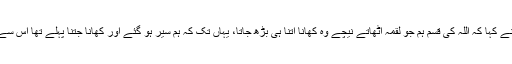
سیدنا عبد الرحمنؓ نے کہا کہ اللہ کی قسم ہم جو لقمہ اٹھاتے نیچے وہ کھانا اتنا ہی بڑھ جاتا، یہاں تک کہ ہم سیر ہو گئے اور کھانا جتنا پہلے تھا اس سے بھی زیادہ ہو گیا۔